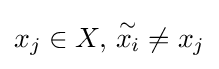
x_{j}\in X,\,{\overset {\sim }{x_{i}}}\neq x_{j}